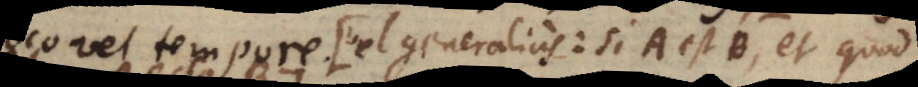
Solus.) (vel generalius: Si A est B, et quod